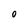
Character: 0